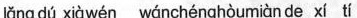
lǎng dú xiàwén wánchénghòumiàn de xí tí